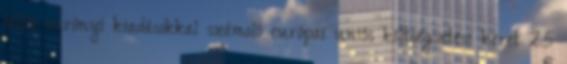
billió eurónyi kiadásokkal számoló európai uniós költségvetési keret 25